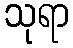
သုရာ